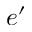
e ^ { \prime }